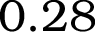
0 . 2 8